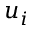
u _ { i }